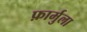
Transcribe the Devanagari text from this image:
फ़ार्मुला